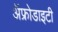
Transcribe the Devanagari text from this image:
ॲफ्रोडाइटी